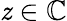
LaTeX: \mathit{z}\in\mathbb{{C}}